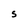
Character: S